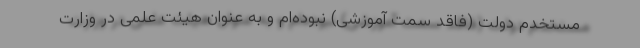
مستخدم دولت (فاقد سمت آموزشی) نبوده‌‌ام و به عنوان هیئت علمی در وزارت